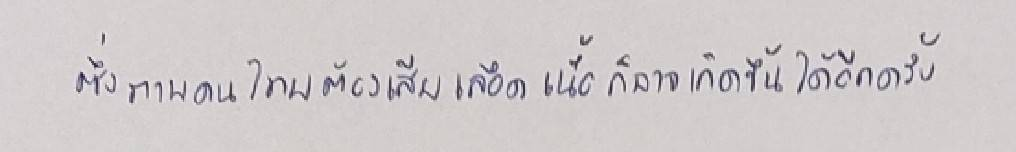
ซึ่งภาพคนไทยต้องเสียเลือดเนื้อก็อาจเกิดขึ้นได้อีกครั้ง